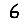
Digit: 6